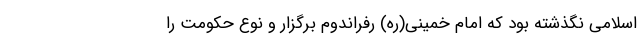
اسلامی نگذشته بود که امام خمینی(ره) رفراندوم برگزار و نوع حکومت را